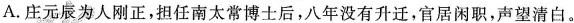
A.庄元辰为人刚正，担任南太常博士后，八年没有升迁，官居闲职，声望清白。